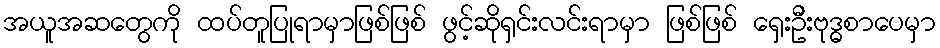
အယူအဆတွေကို ထပ်တူပြုရာမှာဖြစ်ဖြစ် ဖွင့်ဆိုရှင်းလင်းရာမှာ ဖြစ်ဖြစ် ရှေးဦးဗုဒ္ဓစာပေမှာ